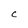
Character: c